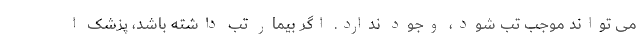
می تواند موجب تب شود، وجود ندارد. اگر بیمار تب داشته باشد، پزشک ا